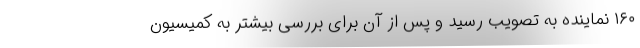
۱۶۰ نماینده به تصویب رسید و پس از آن برای بررسی بیشتر به کمیسیون